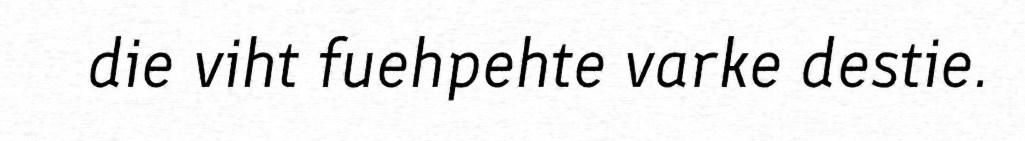
die viht fuehpehte varke destie.